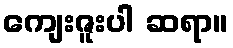
ကျေးဇူးပါ ဆရာ။